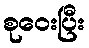
စုဝေးပြီး